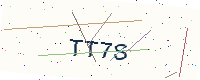
Text: TT7S